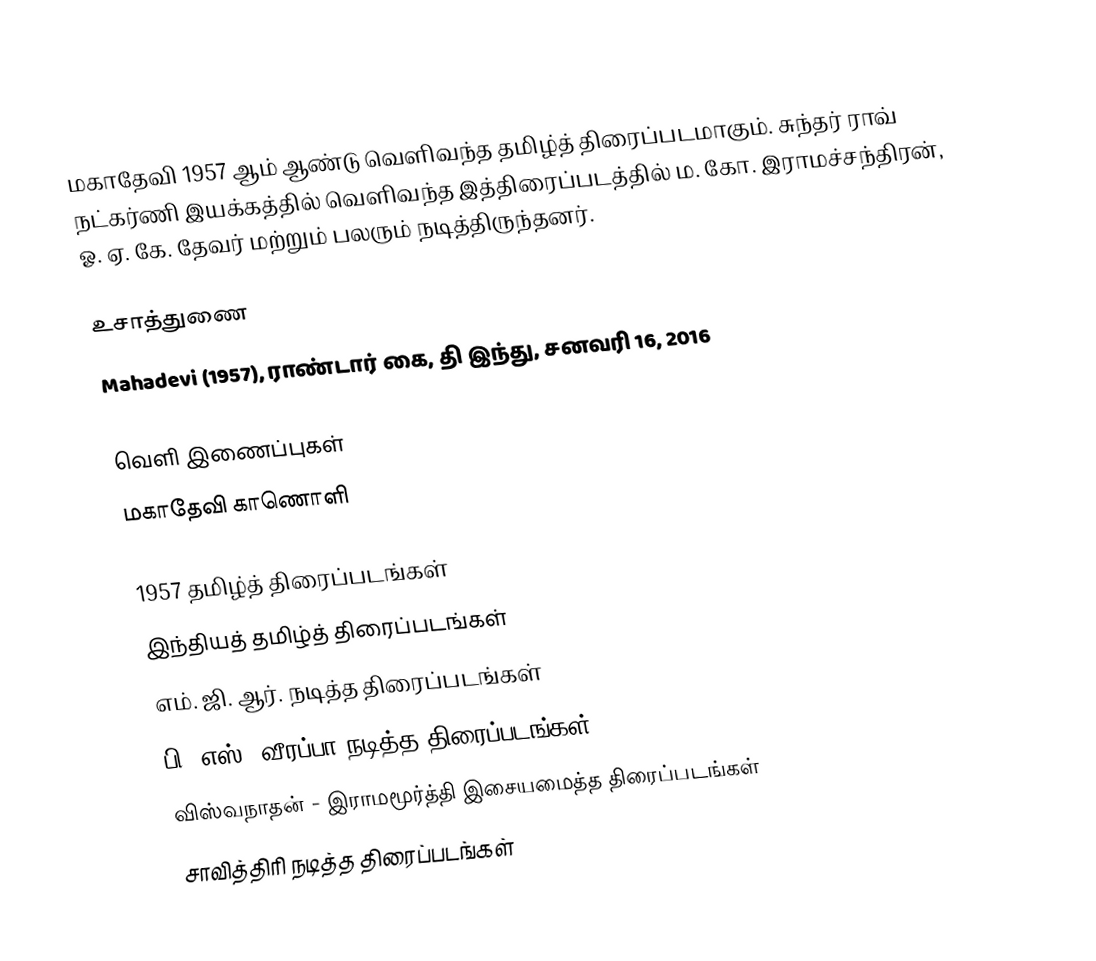
மகாதேவி 1957 ஆம் ஆண்டு வெளிவந்த தமிழ்த் திரைப்படமாகும். சுந்தர் ராவ் நட்கர்ணி இயக்கத்தில் வெளிவந்த இத்திரைப்படத்தில் ம. கோ. இராமச்சந்திரன், ஓ. ஏ. கே. தேவர் மற்றும் பலரும் நடித்திருந்தனர்.

உசாத்துணை
Mahadevi (1957), ராண்டார் கை, தி இந்து, சனவரி 16, 2016

வெளி இணைப்புகள்
 மகாதேவி காணொளி

1957 தமிழ்த் திரைப்படங்கள்
இந்தியத் தமிழ்த் திரைப்படங்கள்
எம். ஜி. ஆர். நடித்த திரைப்படங்கள்
பி. எஸ். வீரப்பா நடித்த திரைப்படங்கள்
விஸ்வநாதன் - இராமமூர்த்தி இசையமைத்த திரைப்படங்கள்
சாவித்திரி நடித்த திரைப்படங்கள்